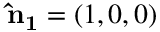
{ \bf \hat { n } _ { 1 } } = ( 1 , 0 , 0 )